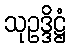
သုဥဒ္ဒိဋ္ဌံ